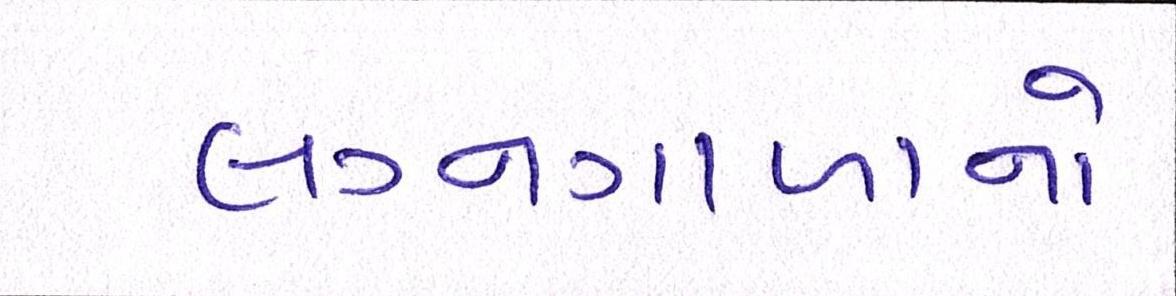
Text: લગ્નગાળાનો